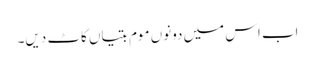
اب اس میں دونوں موم بتیاں کاٹ دیں۔